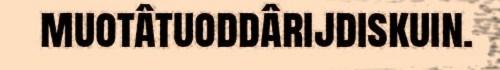
muotâtuoddârijdiskuin.